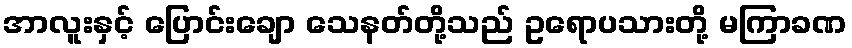
အာလူးနှင့် ပြောင်းချော သေနတ်တို့သည် ဥရောပသားတို့ မကြာခဏ